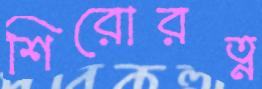
শিরোরত্ন